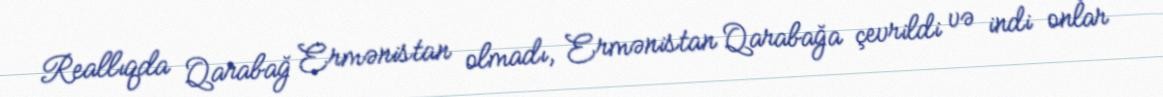
Reallıqda Qarabağ Ermənistan olmadı, Ermənistan Qarabağa çevrildi və indi onlar